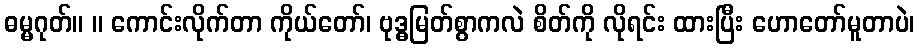
ဓမ္မဂုတ်။ ။ ကောင်းလိုက်တာ ကိုယ်တော်၊ ဗုဒ္ဓမြတ်စွာကလဲ စိတ်ကို လိုရင်း ထားပြီး ဟောတော်မူတာပဲ၊